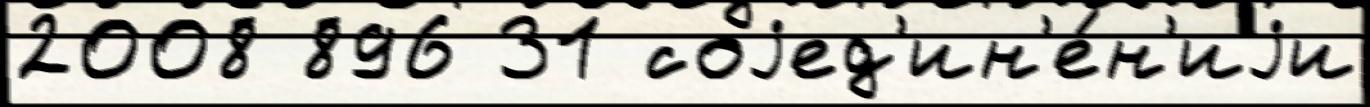
2008 896 31 соjед'ин'е́н'иjи